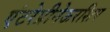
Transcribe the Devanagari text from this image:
एंटरेप्रीनेऊरशिप